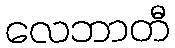
လေဘာတီ